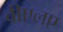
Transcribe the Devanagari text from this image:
वीएलए